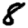
Digit: 8